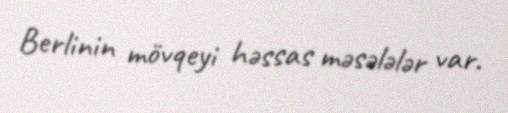
Berlinin mövqeyi həssas məsələlər var.